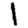
Digit: 1